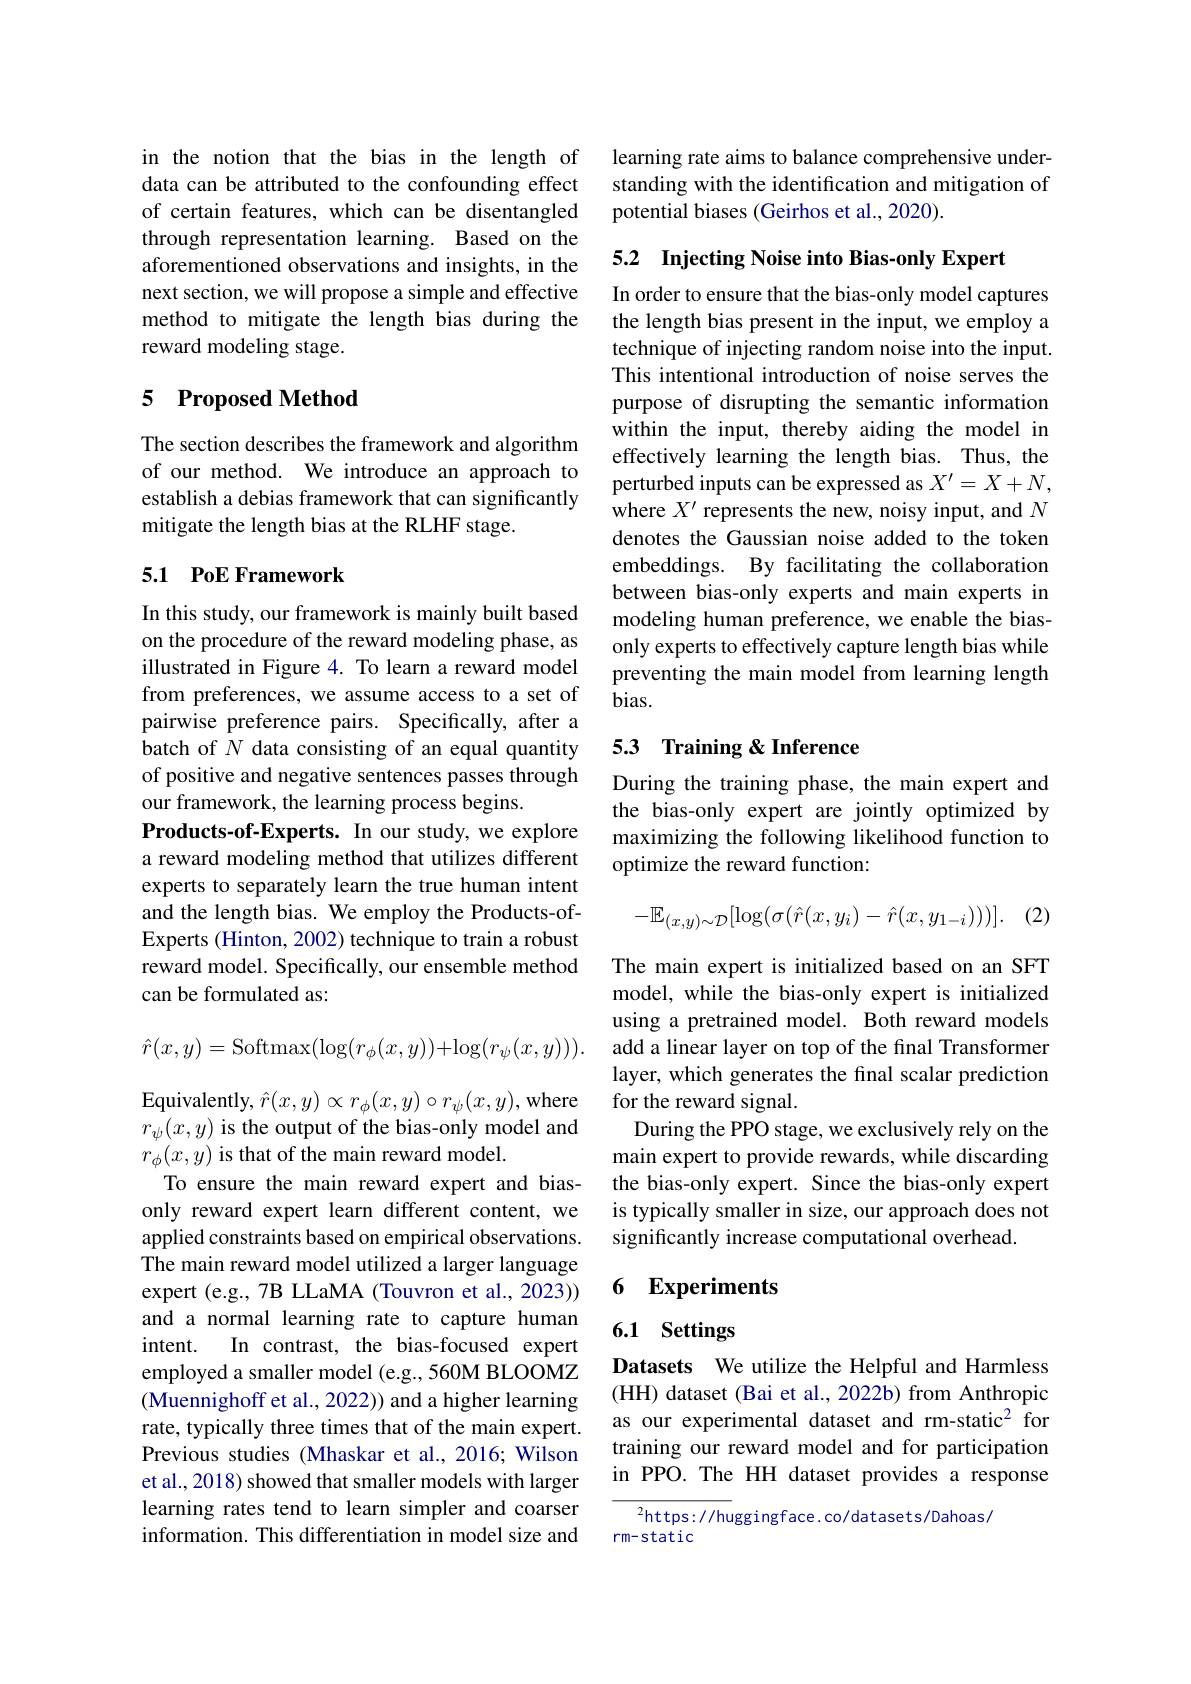
in the notion that the bias in the length of data can be attributed to the confounding effect of certain features, which can be disentangled through representation learning. Based on the aforementioned observations and insights, in the next section, we will propose a simple and effective method to mitigate the length bias during the reward modeling stage.

## 5 Proposed Method

The section describes the framework and algorithm of our method. We introduce an approach to establish a debias framework that can significantly mitigate the length bias at the RLHF stage.

## 5.1 PoE Framework

In this study, our framework is mainly built based on the procedure of the reward modeling phase, as illustrated in Figure 4. To learn a reward model from preferences, we assume access to a set of pairwise preference pairs. Specifically, after a batch of $N$ data consisting of an equal quantity of positive and negative sentences passes through our framework, the learning process begins.
Products-of-Experts. In our study, we explore a reward modeling method that utilizes different experts to separately learn the true human intent and the length bias. We employ the Products-ofExperts (Hinton, 2002) technique to train a robust reward model. Specifically, our ensemble method can be formulated as:
$$\hat{r}(x,y)=\mathrm{Softmax}(\log(r_{\phi}(x,y))+\log(r_{\psi}(x,y))).$$
$\operatorname{Equivalently,}\hat{r}(x,y)\propto r_{\phi}(x,y)\circ r_{\psi}(x,y)$,where $r_\psi(x,y)$ is the output of the bias-only model and $r_\phi(x,y)$ is that of the main reward model.
To ensure the main reward expert and biasonly reward expert learn different content, we applied constraints based on empirical observations. The main reward model utilized a larger language expert (e.g., 7B LLaMA (Touvron et al., 2023)) and a normal learning rate to capture human intent. In contrast, the bias-focused expert employed a smaller model (e.g., 560M BLOOMZ (Muennighoff et al., 2022)) and a higher learning rate, typically three times that of the main expert. Previous studies (Mhaskar et al., 2016; Wilson et al., 2018) showed that smaller models with larger learning rates tend to learn simpler and coarser information. This differentiation in model size and

learning rate aims to balance comprehensive understanding with the identification and mitigation of potential biases (Geirhos et al., 2020).

5.2 Injecting Noise into Bias-only Expert

In order to ensure that the bias-only model captures the length bias present in the input, we employ a technique of injecting random noise into the input. This intentional introduction of noise serves the purpose of disrupting the semantic information within the input, thereby aiding the model in effectively learning the length bias. Thus, the perturbed inputs can be expressed as $X^\prime=X+N$, where $X^\prime$ represents the new, noisy input, and $N$ denotes the Gaussian noise added to the token embeddings. By facilitating the collaboration between bias-only experts and main experts in modeling human preference, we enable the biasonly experts to effectively capture length bias while preventing the main model from learning length bias.

## 5.3 Training & Inference

During the training phase, the main expert and the bias-only expert are jointly optimized by maximizing the following likelihood function to optimize the reward function:
$$-\mathbb{E}_{(x,y)\sim\mathcal{D}}[\log(\sigma(\hat{r}(x,y_i)-\hat{r}(x,y_{1-i})))].$$
(2)

The main expert is initialized based on an SFT model, while the bias-only expert is initialized using a pretrained model. Both reward models add a linear layer on top of the final Transformer layer, which generates the final scalar prediction for the reward signal.
During the PPO stage, we exclusively rely on the main expert to provide rewards, while discarding the bias-only expert. Since the bias-only expert is typically smaller in size, our approach does not significantly increase computational overhead.

## 6 Experiments

# 6.1 Settings

Datasets We utilize the Helpful and Harmless (HH) dataset (Bai et al., 2022b) from Anthropic as our experimental dataset and rm-static$^{2}$ for training our reward model and for participation in PPO. The HH dataset provides a response

$^{2}$https://huggingface.co/datasets/Dahoas/
rm-static